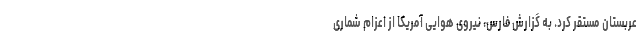
عربستان مستقر کرد. به گزارش فارس، نیروی هوایی آمریکا از اعزام شماری